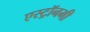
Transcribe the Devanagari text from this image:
एस्‍ट्रॉनमी